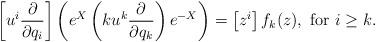
LaTeX: \begin{align*}\left[u^i\frac{\partial}{\partial q_i}\right] \left(e^{X}\left(ku^k\frac{\partial}{\partial q_{k}}\right)e^{-X}\right)=\left[z^i\right]f_k(z), \mbox{ for } i\geq k.\end{align*}